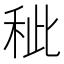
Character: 𥞅